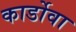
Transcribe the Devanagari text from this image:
कार्डोवा